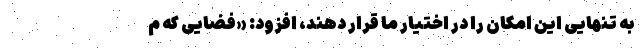
به تنهایی این امکان را در اختیار ما قرار دهند، افزود: «فضایی که م